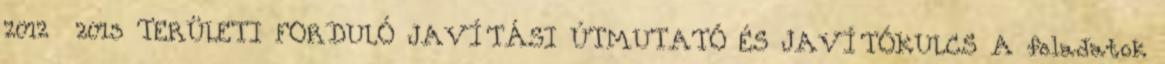
2012 2013 TERÜLETI FORDULÓ JAVÍTÁSI ÚTMUTATÓ ÉS JAVÍTÓKULCS A feladatok